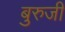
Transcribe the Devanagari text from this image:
बुरुजी